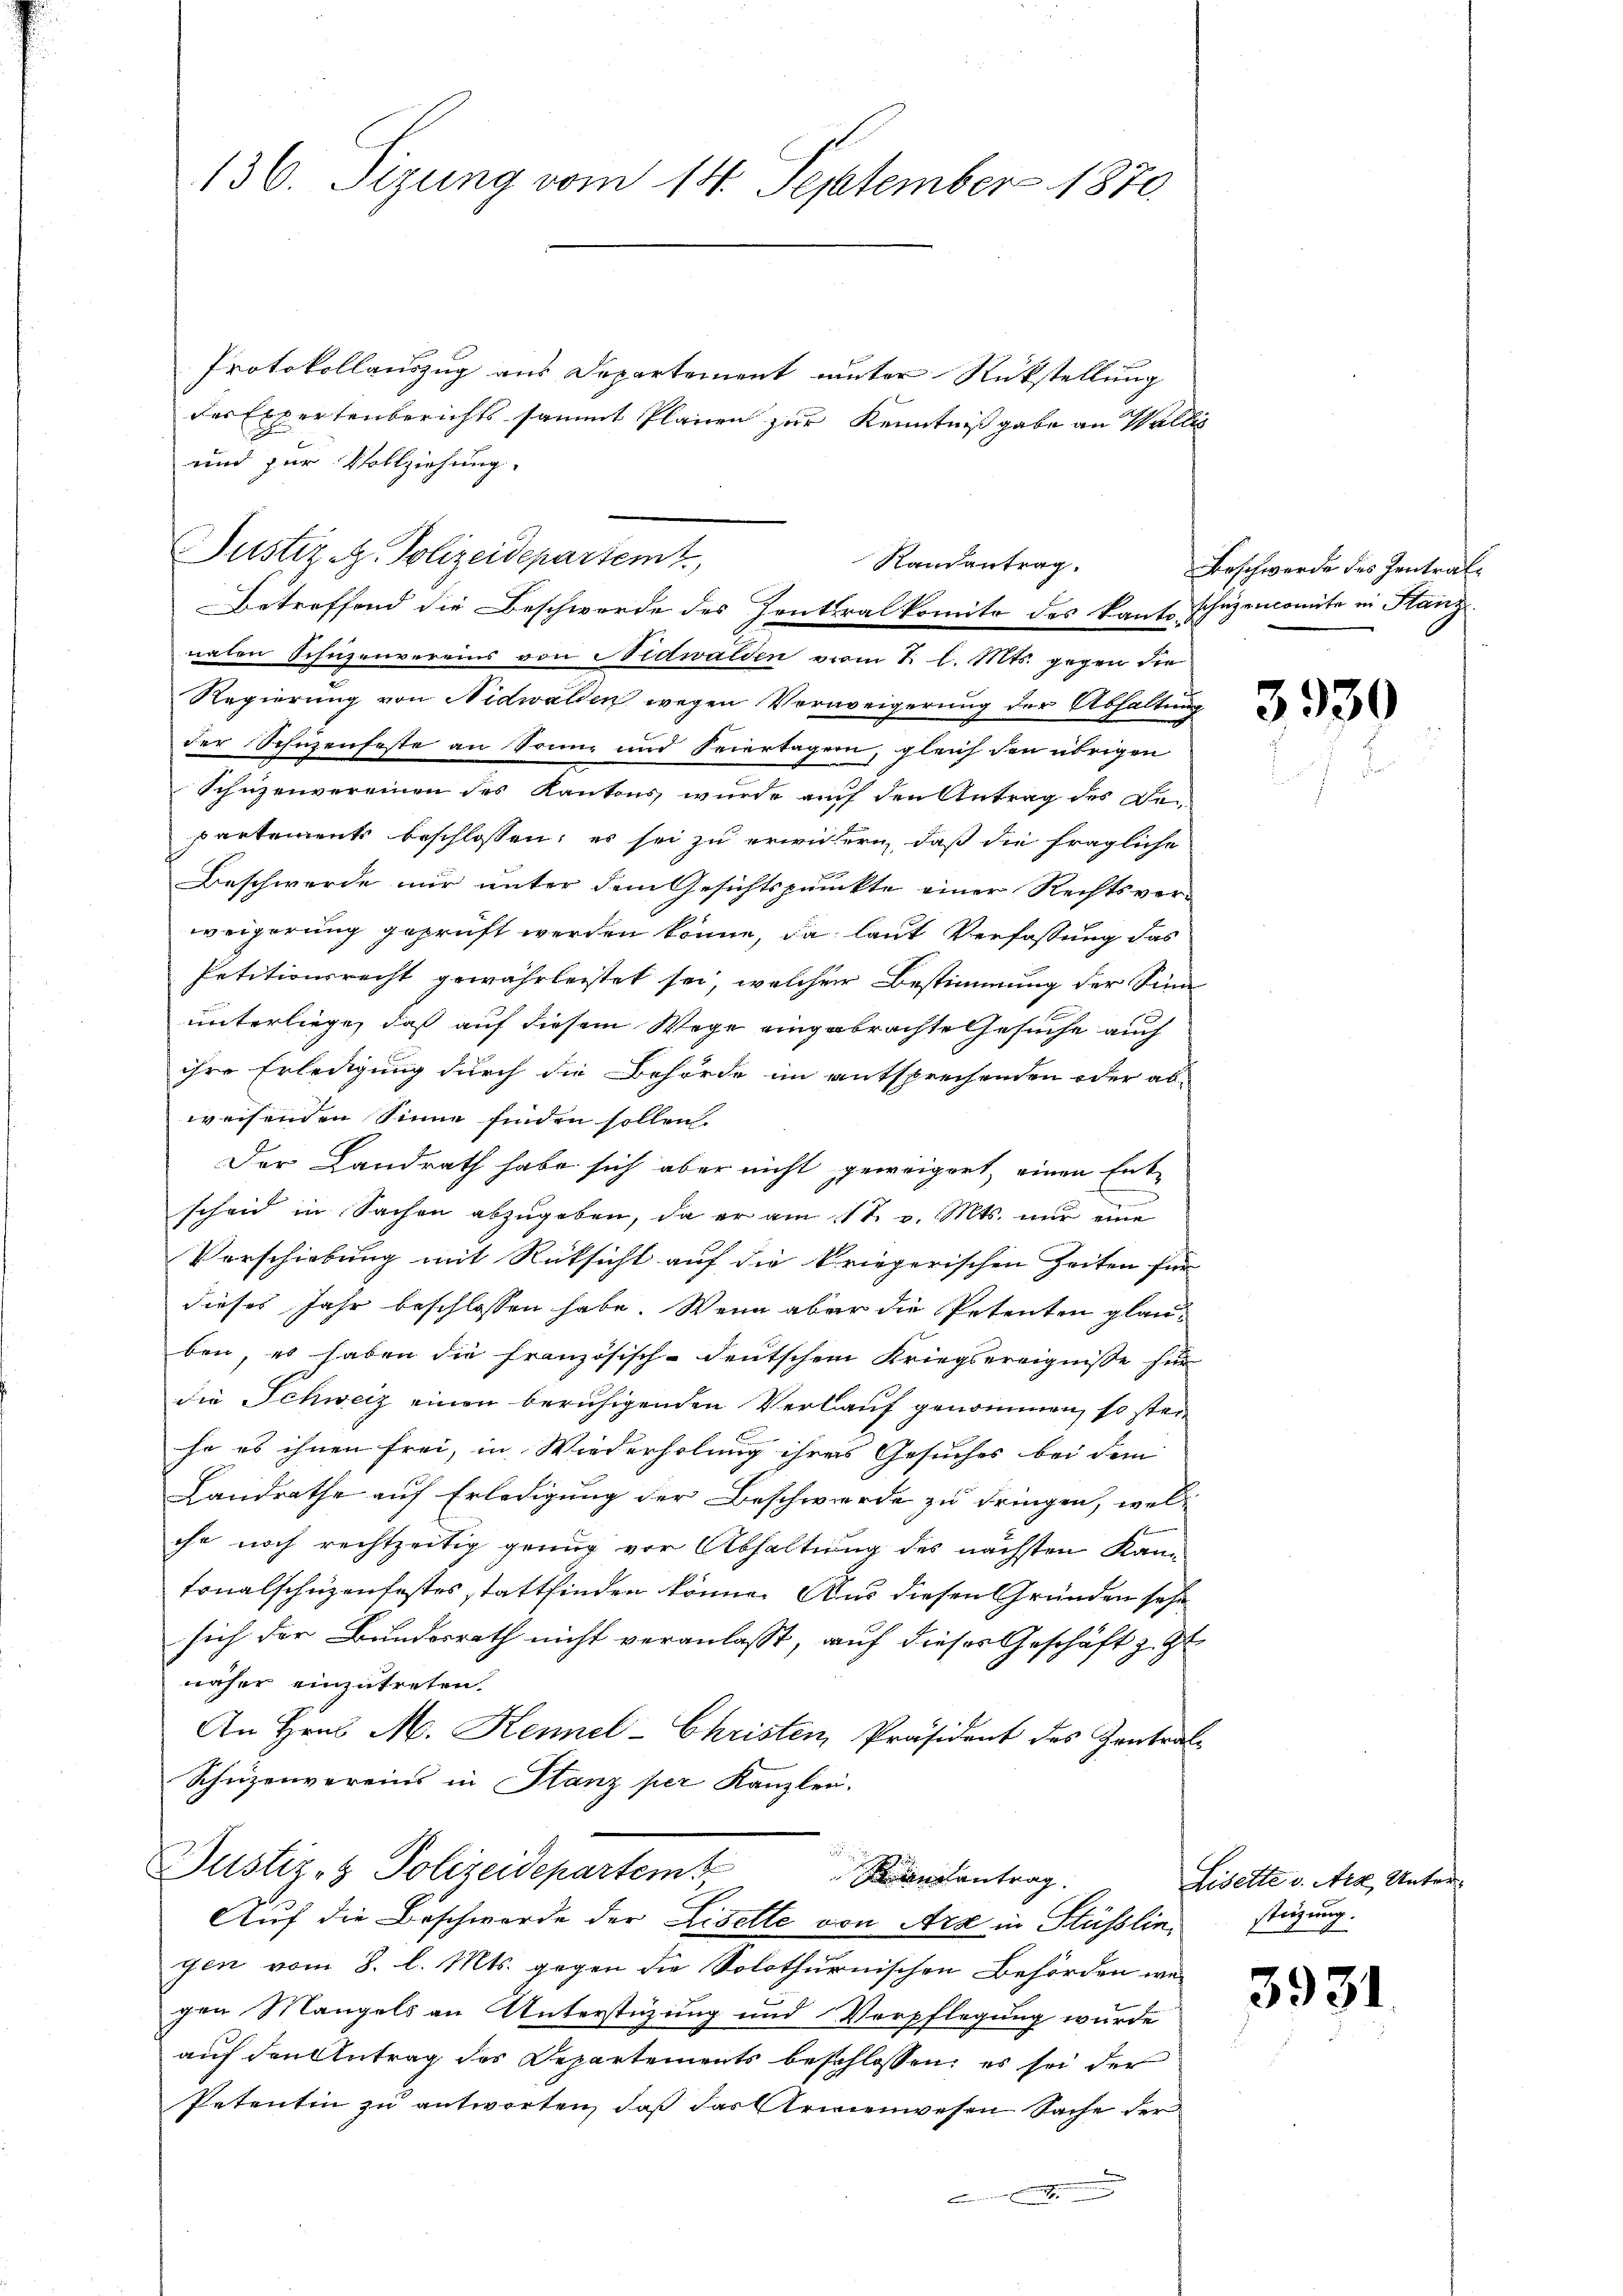
136. Sizung vom 14. September 1870

Protokollauszug aus Departement unter Rückstellung
der Expertenberichtssammt Plänen zur Kenntnißgabe an Wallis

und für Vollziehung.
Betreffend die Beschwerde des Zentralkomite des Kants schüzencomite in Stanznalen Schüzenvereins von Nidwalden vom 1. l. Mts. gegen die
Regierung von Nidwalden wegen Verweigerung der Abhaltung
der Schüzenfeste an Sonne und Feiertagen, gleich den übrigen
Schüzenvereinen des Kantons wurde auf den Antrag des De-
partement beschlossen, es sei zu erwickern, daß die fragliche
Beschwerde nur unter dem Gesichtspunkte einer Rechtsver-
weigerung geprüft werden könne, da laut Verfassung das
Petitionsrecht gewährleistet sei, welcher Bestimmung der Sinn
unterliege, daß auf diesem Wege eingebrachte Gesuche auch
ihre Erledigung durch die Behörde im entsprechenden oder abweisenden Sinne finden sollen.
Der Landrath habe sich aber nicht geweigert, einen Ent-
scheid in Sachen abzugeben, da er am 11t. v. Mts. nur eine
Verschiebung mit Rücksicht auf die kriegerischen Zeiten für
dieses Jahr beschlossen habe. Wenn aber die Petenten glauben, es haben die französisch-deutschem Kriegsereignisse für
die Schweiz einen beruhigenden Verlauf genommen, so stei
he es ihnen frei, in Wiederholung ihres Gesuches bei dem
Landrathe auf Erledigung der Beschwerde zu dringen, wel
chr noch rechtzeitig genug vor Abhaltung des nächsten Kann
tonalschüzenfestes stattfinden könne. Aus diesen Gründen sehr
sich der Bundesrath nicht veranlasst, auf dieses Geschäft z. Zt
näher einzutreten.
An Hrn. M. Kennel-Christen, Präsident des Zentral¬
Schüzenvereins in Stanz per Kanzlei.

Justiz- & Polizeidepartementrag.
Auf die Beschwerde der Liselte von Arx in Stüsslin,
gen vom 8. l. Mts. gegen die Solothurnischen Behörden wei
gen Mangels an Unterstüzung und Verpflegung wurde
auf den Antrag des Departements beschlossen, es sei der
Petentin zu antworten, daß das Armenwesen Sache der

Justiz - Polizeidepartem t

Randantrag.

Beschwerde des Zentral¬

3930

Lisette v. Arz, Unterstüzung.

3931